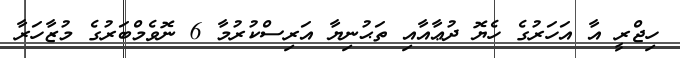
ހިޖްރީ އާ އަހަރުގެ ހެޔޮ ދުޢާއާއި ތަޙުނިޔާ އަރިސްކުރުމާ 6 ނޮވެމްބަރުގެ މުޒާހަރާ